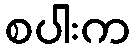
စပါးက